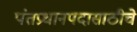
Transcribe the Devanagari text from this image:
पंतप्रधानपदासाठीचे